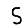
Digit: 5